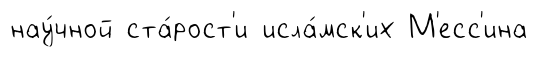
нау́чной ста́рост'и исла́мск'их М'есс'ина